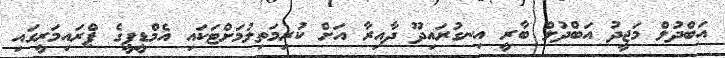
އަބްދުލް މަޖީދު އަބްދުލް ބާރީ އިނގުރައިދޫ ދާއިރާ އަށް ކުރިމަތިލުމަށްޓަކައި އެމްޑީޕީގެ ޕްރައިމަރީގައި